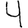
Digit: 4